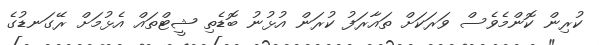
ކުރިން ކޮންމެވެސް ވަރަކަށް ތައާރަފު ކުރަން އުޅުނު ބޮޑެތި ޝީޓްތައް އެޅުމަށް ރޭގަނޑުގެ